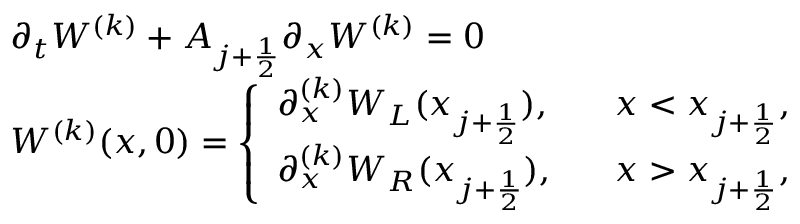
\begin{array} { l l } { \partial _ { t } W ^ { ( k ) } + A _ { j + \frac { 1 } { 2 } } \partial _ { x } W ^ { ( k ) } = 0 } \\ { W ^ { ( k ) } ( x , 0 ) = \left\{ \begin{array} { l l } { \partial _ { x } ^ { ( k ) } W _ { L } ( x _ { j + \frac { 1 } { 2 } } ) , } & { \; \; \; x < x _ { j + \frac { 1 } { 2 } } , } \\ { \partial _ { x } ^ { ( k ) } W _ { R } ( x _ { j + \frac { 1 } { 2 } } ) , } & { \; \; \; x > x _ { j + \frac { 1 } { 2 } } , } \end{array} \right. } \end{array}